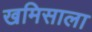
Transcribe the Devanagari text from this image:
खमिसाला